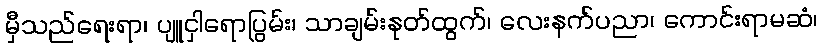
မှီသည်ရေးရာ၊ ပျူငှါရောပြွမ်း၊ သာချမ်းနုတ်ထွက်၊ လေးနက်ပညာ၊ ကောင်းရာမဆံ၊